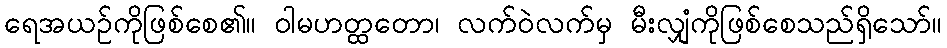
ရေအယဉ်ကိုဖြစ်စေ၏။ ဝါမဟတ္ထတော၊ လက်ဝဲလက်မှ မီးလျှံကိုဖြစ်စေသည်ရှိသော်။